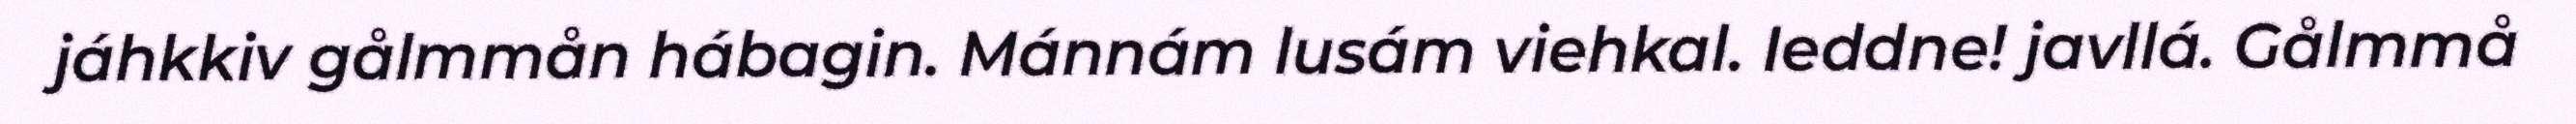
jáhkkiv gålmmån hábagin. Mánnám lusám viehkal. Ieddne! javllá. Gålmmå